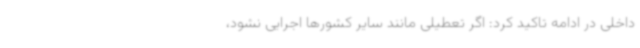
داخلی در ادامه تاکید کرد: اگر تعطیلی مانند سایر کشورها اجرایی نشود،